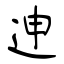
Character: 迧